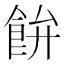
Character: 𩚳